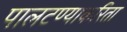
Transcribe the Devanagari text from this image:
पालटण्याकरिता